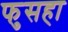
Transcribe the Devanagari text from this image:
फुसहा